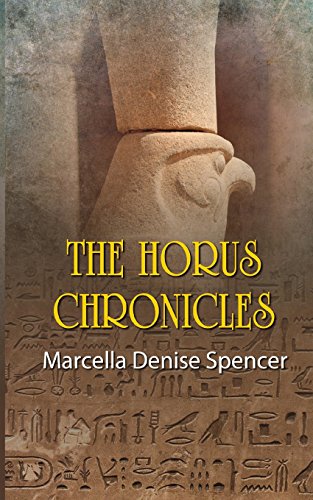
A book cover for The Horus Chronicles; Marcella Denise Spencer; Christian Books & Bibles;